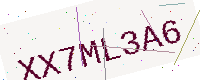
Text: XX7ML3A6